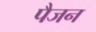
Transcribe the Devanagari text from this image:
पैजन